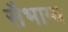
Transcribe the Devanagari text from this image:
सैभाग्य